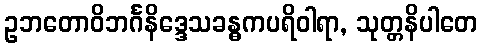
ဥဘတောဝိဘင်္ဂနိဒ္ဒေသခန္ဓကပရိဝါရာ, သုတ္တနိပါတေ